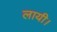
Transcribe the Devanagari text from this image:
लायी।